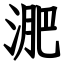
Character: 淝